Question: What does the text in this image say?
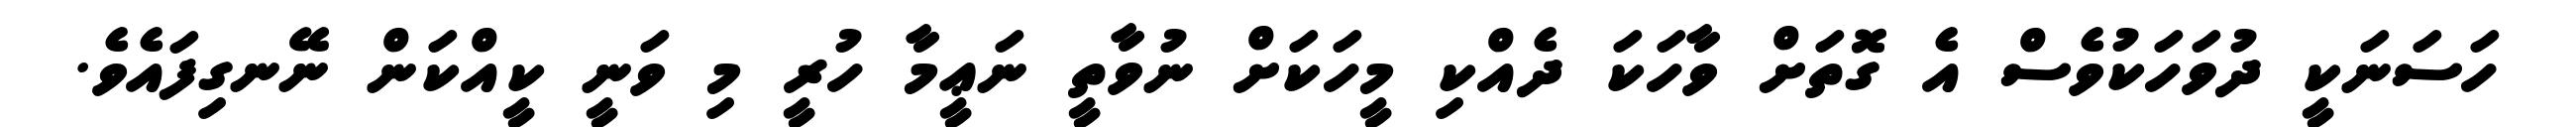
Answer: ހަސަނަކީ ދުވަހަކުވެސް އެ ގޮތަށް ވާހަކަ ދެއްކި މީހަކަށް ނުވާތީ ނަޢީމާ ހުރީ މި ވަނީ ކީއްކަން ނޭނގިފައެވެ.